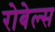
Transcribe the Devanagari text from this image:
रोबेल्स